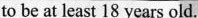
to be at least 18 years old.